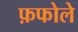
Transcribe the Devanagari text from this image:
फ़फोले